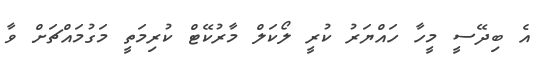
އެ ބިދޭސީ މީހާ ހައްޔަރު ކުރީ ލޯކަލް މާރުކޭޓް ކުރިމަތީ މަގުމައްޗަށް ވާ